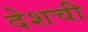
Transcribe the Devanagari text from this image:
देशची